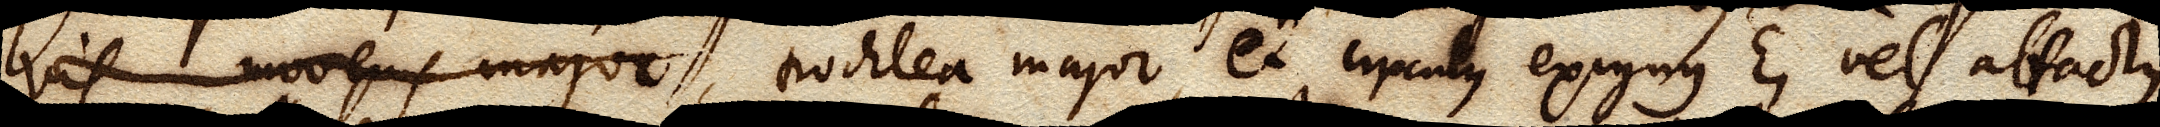
vis movens major, trochlea major et circulus exiguus E, vel attactus